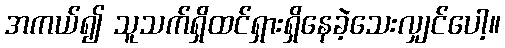
အကယ်၍ သူသက်ရှိထင်ရှားရှိနေခဲ့သေးလျှင်ပေါ့။